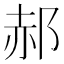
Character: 郝